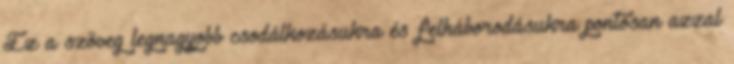
Ez a szöveg legnagyobb csodálkozásukra és felháborodásukra pontosan azzal